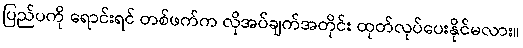
ပြည်ပကို ရောင်းရင် တစ်ဖက်က လိုအပ်ချက်အတိုင်း ထုတ်လုပ်ပေးနိုင်မလား။